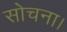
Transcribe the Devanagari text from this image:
सोचना।